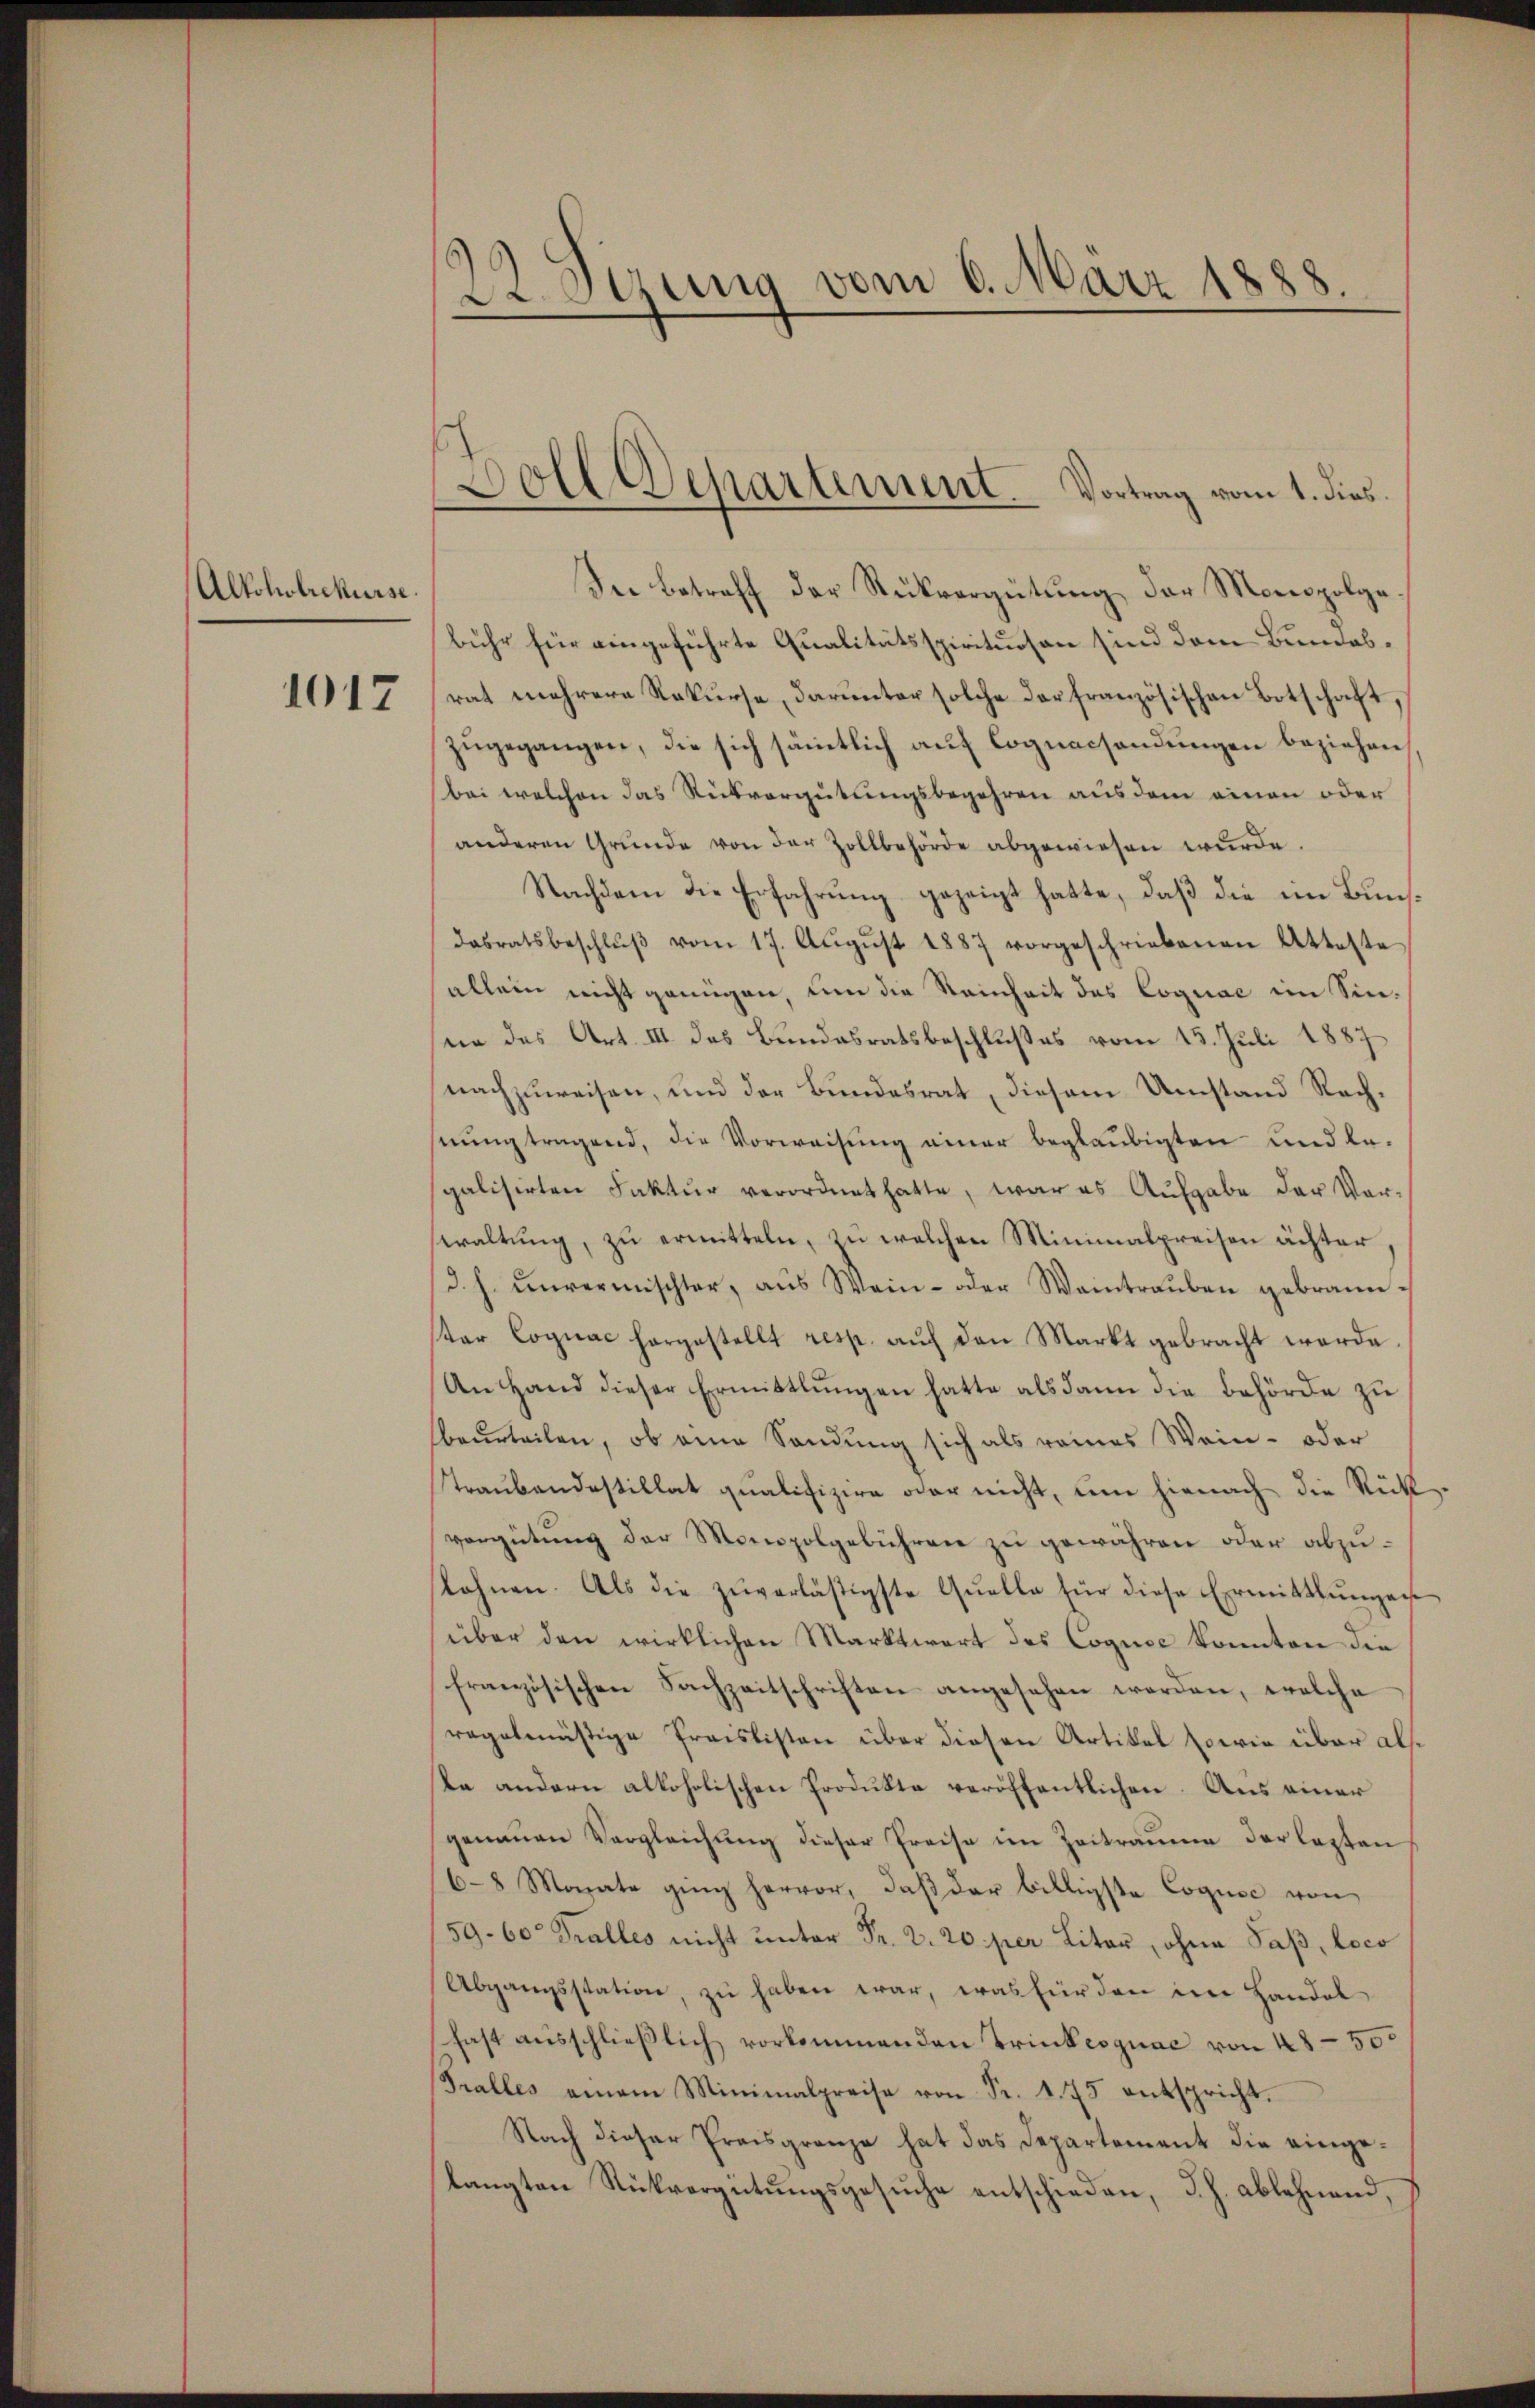
Alkoholiekurse.

1017

22 Sizung vom 6. März 1888.

Die Betreff der Rückvergütung der Monopolgebühr für eingeführte Qualitätsspirituosen sind dem Bundesrat mehrere Rekurse, darunter solche der französischen Botschaft,
zugegangen, die sich sämmtlich auf Cognacsendungen beziehen.
bei welchen das Rückvergütungsbegehren aus dem einen oder
anderen Grŭnde von der Zollbehörde abgewiesen wurde.
Nachdem die Erfahrung gezeigt hatte, daß die im Bundasratsbeschlŭβ vom 17. Aŭgŭst 1887 vorgeschriebenen Atteste
allein nicht genügen, um die Reinheit des Cognac im Sinsein des Art. III des Bundesratsbeschlußes vom 13. Juli 1887
nachzuweisen, und der Bundesrat, diesem Umstand Rechnung tragend, die Vorweisung einer beglaubigten und le-
sgalisirten Faktur verordnet hatte, war es Aufgabe der Vor-
waltŭng, zŭ ermitteln, zu welchen Minimalpreisen ächter,
d. h. unvermischter, aŭs Wein- oder Weintraŭben gebrann-
ter Cognac hargestellt resp. auf den Markt gebracht worde
An Hand dieser Ermittlungen hatte als dann die Behörde zu
beurteilen, ob eine Sandung sich als reines Wein- oder
Traubandestillat qualifizire oder nicht, um hienach die Rückvergütŭng der Monopolgebühren zu gewähren oder abzuslohnen. Als die zŭverlästigste Qŭelle für diese Ermittlungen
über den wirklichen Marktwort des Coquse konnten die
französischen Sachzeitschriften angesehen worden, welche
regelmäßige Preislisten über diesen Artikel sowie über also
te andern alkoholischen Produkte veröffentlichen Aus einer
genauen Vergleichung dieser Preise im Zeitraume der lezten
6-8 Monate ging hervor, daß der billigste Cognić von
59. 60 Gralles nicht unter Fr. 2. 20 per Liter, ohne Saß, loco
Abgangsstation, zŭ haben war, was für den im Handel
fast ausschließlich vorkommenden Trinkesguac von 48-50
Tralles einem Minimalpreise von Fr. 1. 75 entspricht.
Nach dieser Preisgränze hat das Departement die eingelangten Rückvergütungsgesŭche entschieden, d. h. ablehnend,

Doll Separtement. Vortrag vom 1. dies